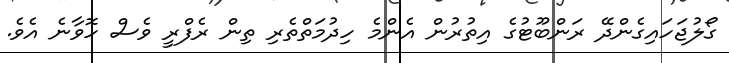
ގޯލުޖަހައިގެންދޭ ރަންބޫޓުގެ އިތުރުން އެންމެ ހިދުމަތްތެރި ތިން ރެފްރީ ވެސް ހޮވާނެ އެވެ.